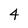
Character: 4